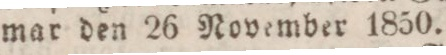
mar den 26 November 1850.